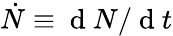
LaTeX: \dot{N}\equiv\mathrm{~d~}N/\mathrm{~d~}t